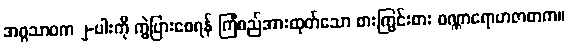
အဂ္ဂသာဝက ၂-ပါးကို ကွဲပြားစေရန် ကြံစည်အားထုတ်သော စားကြွင်းစား ဝဏ္ဏာရောဟဇာတက။